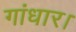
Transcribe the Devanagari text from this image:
गांधार।